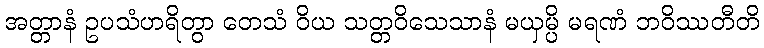
အတ္တာနံ ဥပသံဟရိတွာ တေသံ ဝိယ သတ္တဝိသေသာနံ မယှမ္ပိ မရဏံ ဘဝိဿတီတိ